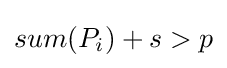
sum(P_{i})+s>p